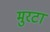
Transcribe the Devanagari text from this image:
मुरटा